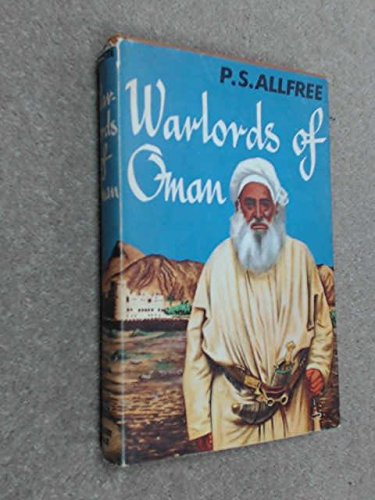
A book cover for Warlords of Oman; P. S Allfree; History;